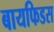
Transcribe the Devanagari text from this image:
बायफिडस